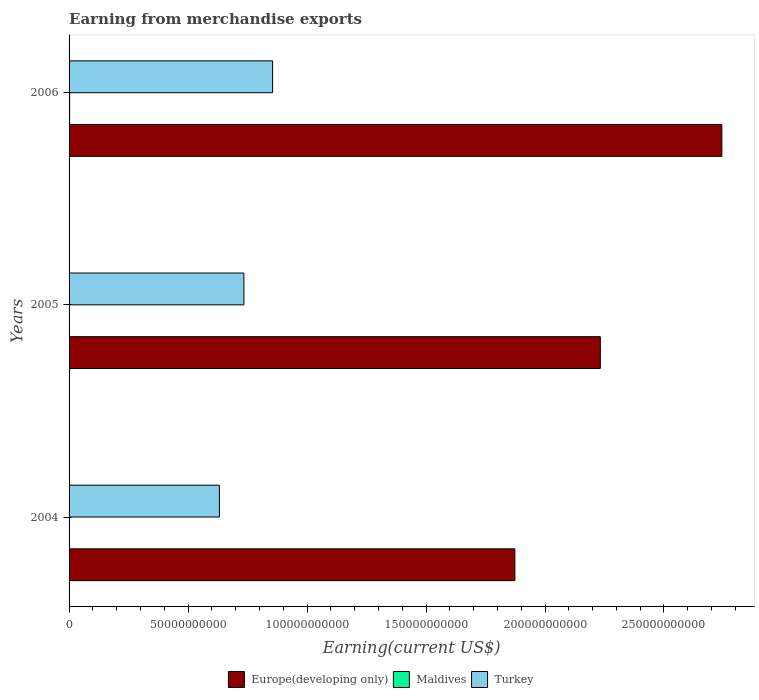
| Years | Europe(developing only) | Maldives | Turkey |
 | --- | --- | --- | --- |
 | 2004 | 1.87e+11 | 1.81e+08 | 6.32e+10 |
 | 2005 | 2.23e+11 | 1.62e+08 | 7.35e+10 |
 | 2006 | 2.74e+11 | 2.25e+08 | 8.55e+10 |